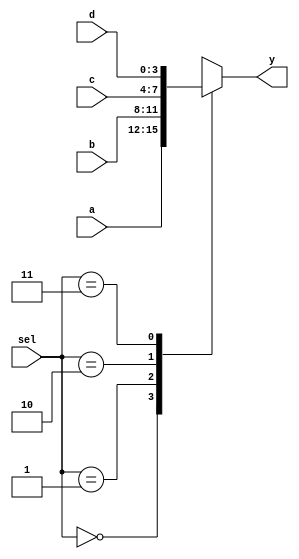
`timescale 1ns / 1ps
//////////////////////////////////////////////////////////////////////////////////
// Module Name: xup_4_to_1_mux_vector
//////////////////////////////////////////////////////////////////////////////////
module xup_4_to_1_mux_vector#(parameter SIZE = 4 , DELAY = 3)(
    input [SIZE-1:0] a,
    input [SIZE-1:0] b,
    input [SIZE-1:0] c,
    input [SIZE-1:0] d,
    input [1:0] sel,
    output [SIZE-1:0] y
    );
    reg [SIZE-1:0] data;
    
    always @(*) begin
        case(sel)
            2'b00 : data[SIZE-1:0] <= a[SIZE-1:0] ;
            2'b01 : data[SIZE-1:0] <= b[SIZE-1:0] ;
            2'b10 : data[SIZE-1:0] <= c[SIZE-1:0] ;
            2'b11 : data[SIZE-1:0] <= d[SIZE-1:0] ;
            default : data[SIZE-1:0] <= a[SIZE-1:0] ;
        endcase
    end
    
    assign #DELAY y[SIZE-1:0] = data[SIZE-1:0] ;
        
endmodule